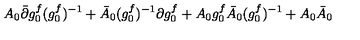
A _ { 0 } \bar { \partial } g _ { 0 } ^ { f } ( { g _ { 0 } ^ { f } } ) ^ { - 1 } + \bar { A } _ { 0 } ( { g _ { 0 } ^ { f } } ) ^ { - 1 } \partial g _ { 0 } ^ { f } + A _ { 0 } g _ { 0 } ^ { f } \bar { A } _ { 0 } ( { g _ { 0 } ^ { f } } ) ^ { - 1 } + A _ { 0 } \bar { A } _ { 0 }